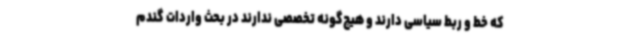
که خط و ربط سیاسی دارند و هیچ‌گونه تخصصی ندارند در بحث واردات گندم